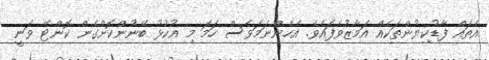
އެތައް ފާޑުކިޔުންތަކެއް އަމާޒުވެފައެވެ. އެހެންނަމަވެސް ހަމަ މި އުކުޅު ބޭނުންކޮށްގެން ކޮންޓޭ ވަނީ